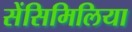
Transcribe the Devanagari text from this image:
सेंसिमिलिया